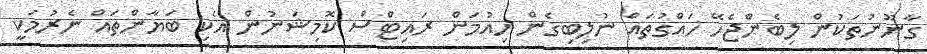
ގާނޫނުތަކުން ލިބެންޖެހޭ ހައްގުތައް ނުލިބިގެން ހިއުމަން ރައިޓްސް ކޮމިޝަނުން އެކި ބަޔާންތައް ނެރުމަކީ